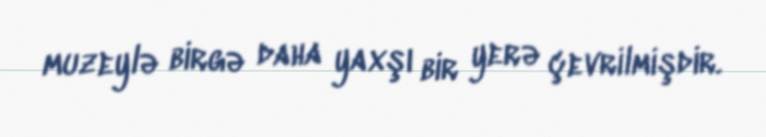
muzeylə birgə daha yaxşı bir yerə çevrilmişdir.